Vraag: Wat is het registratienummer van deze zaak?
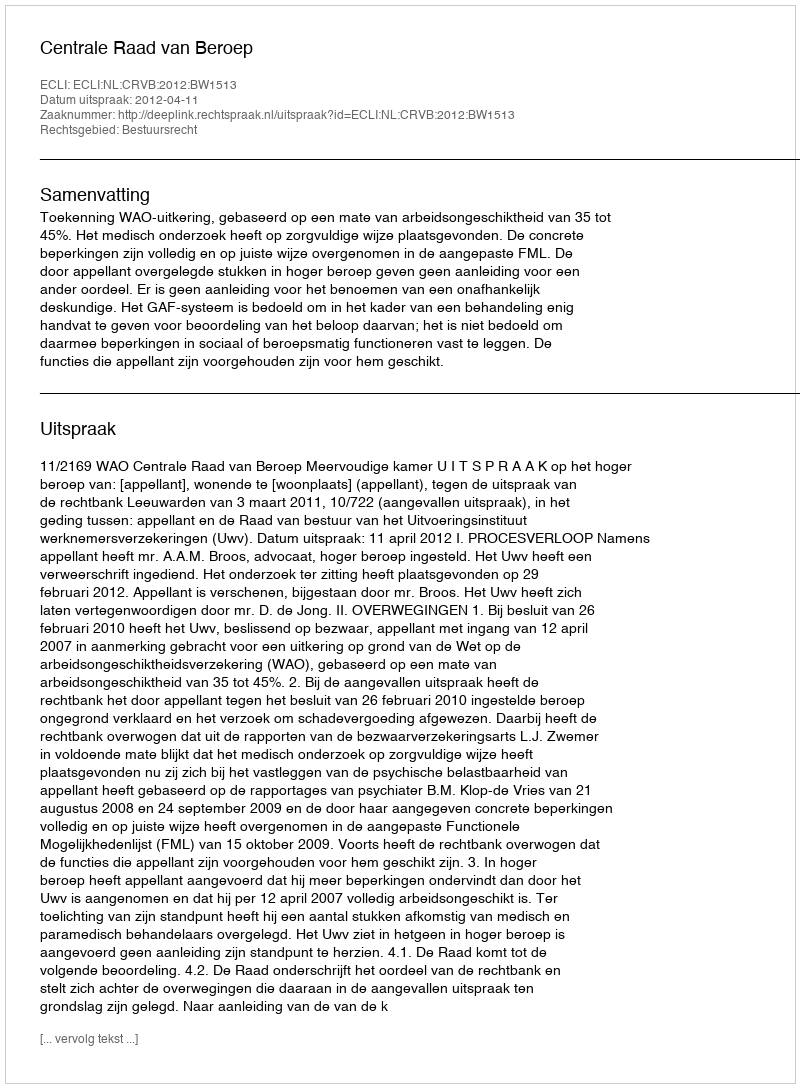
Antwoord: http://deeplink.rechtspraak.nl/uitspraak?id=ECLI:NL:CRVB:2012:BW1513